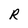
Character: R